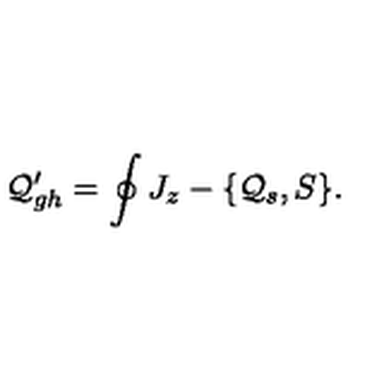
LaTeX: { \cal Q } _ { g h } ^ { \prime } = \oint J _ { z } - \{ { \cal Q } _ { s } , S \} .